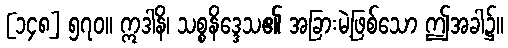
[၁၄၈] ၅၇၀။ ဣဒါနိ၊ သစ္စနိဒ္ဒေသ၏ အခြားမဲ့ဖြစ်သော ဤအခါ၌။